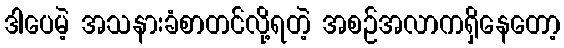
ဒါပေမဲ့ အသနားခံစာတင်လို့ရတဲ့ အစဉ်အလာကရှိနေတော့